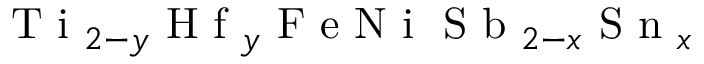
\mathrm { ~ T ~ i ~ } _ { 2 - y } \mathrm { ~ H ~ f ~ } _ { y } \mathrm { ~ F ~ e ~ N ~ i ~ } \mathrm { ~ S ~ b ~ } _ { 2 - x } \mathrm { ~ S ~ n ~ } _ { x }